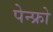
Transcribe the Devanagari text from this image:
पेन्फ्रो